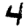
Digit: 4